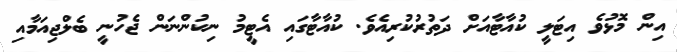
އިން މޮޅުވެ އިޓަލީ ކުއާޓާއަށް ދަތުރުކުރިއެވެ. ކުއާޓާގައި އެޓީމު ނިކުންނަން ޖެހުނީ ބެލްޖިއަމާއި